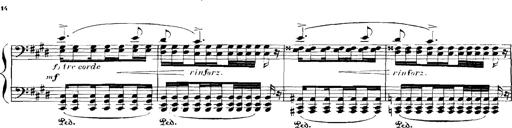
Title: Rhapsodies hongroises
Composer: Franz Liszt